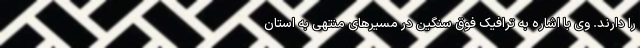
را دارند. وی با اشاره به ترافیک فوق سنگین در مسیرهای منتهی به استان